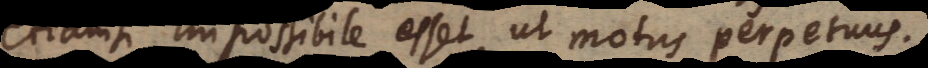
tiamsi impossibile esset, ut motus perpetuus,